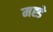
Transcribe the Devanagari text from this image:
मह्डे